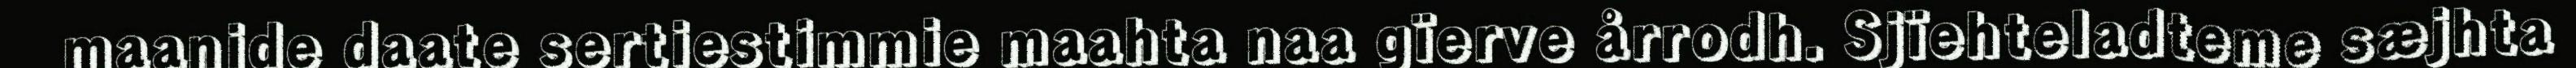
maanide daate sertiestimmie maahta naa gïerve årrodh. Sjïehteladteme sæjhta